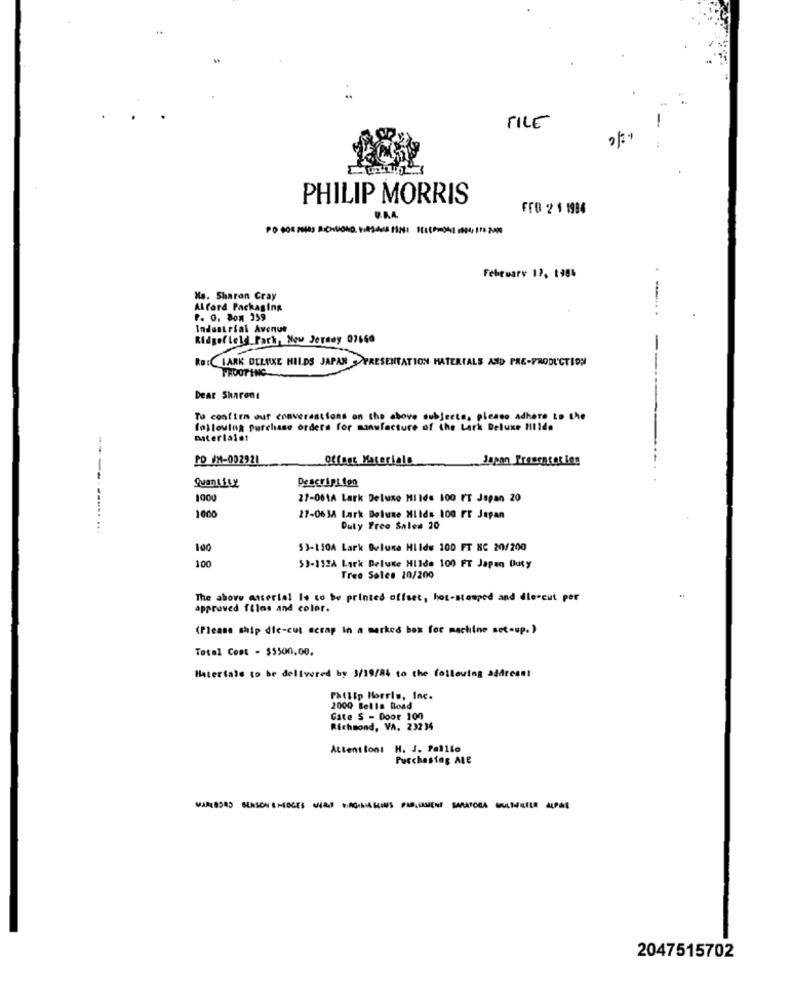
FILE
PHILIP MORRIS
FFO 2 1 1934
V.A.A
February 12, 198%
-
Ha. Sharon Cray
Alford Packaging
P. O. Bom 359
Industrial Avenue
Ridgefield_Pack, New Jersey 07660
RB:CLARK DELUXE HILDS JAPAN >>PRESENTATION MATERIALS AND PRE-PRODUCTION
FROOTINC
Dear Sharons
To confirm our converantions on the above subjects, please adhere to the
following purchase orders for manufacture of the Lark Deluxe Hillda
materialet
PD /X-002921
offert Materials
De script ton
1000
27-061A Lark Deluxo Milds 100 FT Japan 20
100
27-063A Lark Deluxe Mild# 100 FT Japan
Duty Free Sales 10
100
53-110A Lark Deluxe Hilde 100 FT XC 20/200
100
53-132A Lack Deluxe Hilde 100 FT Japan Duty
Tree Soles 10/200
The above asserial Is to be printed offset, hot-stamped and die-cut per
approved films and color.
(Please ship die-cut scrap In a marked box for machine set-up. )
Total Cost - $5500,00.
Hatertale to be delivered by 3/19/84 to the following addresst
Philip Morris, Inc.
2000 Bells Road
Gate S - Door 100
Richmond, VA. 232 34
Attentiont H. J. Palllo
Purchasing ALE
2047515702